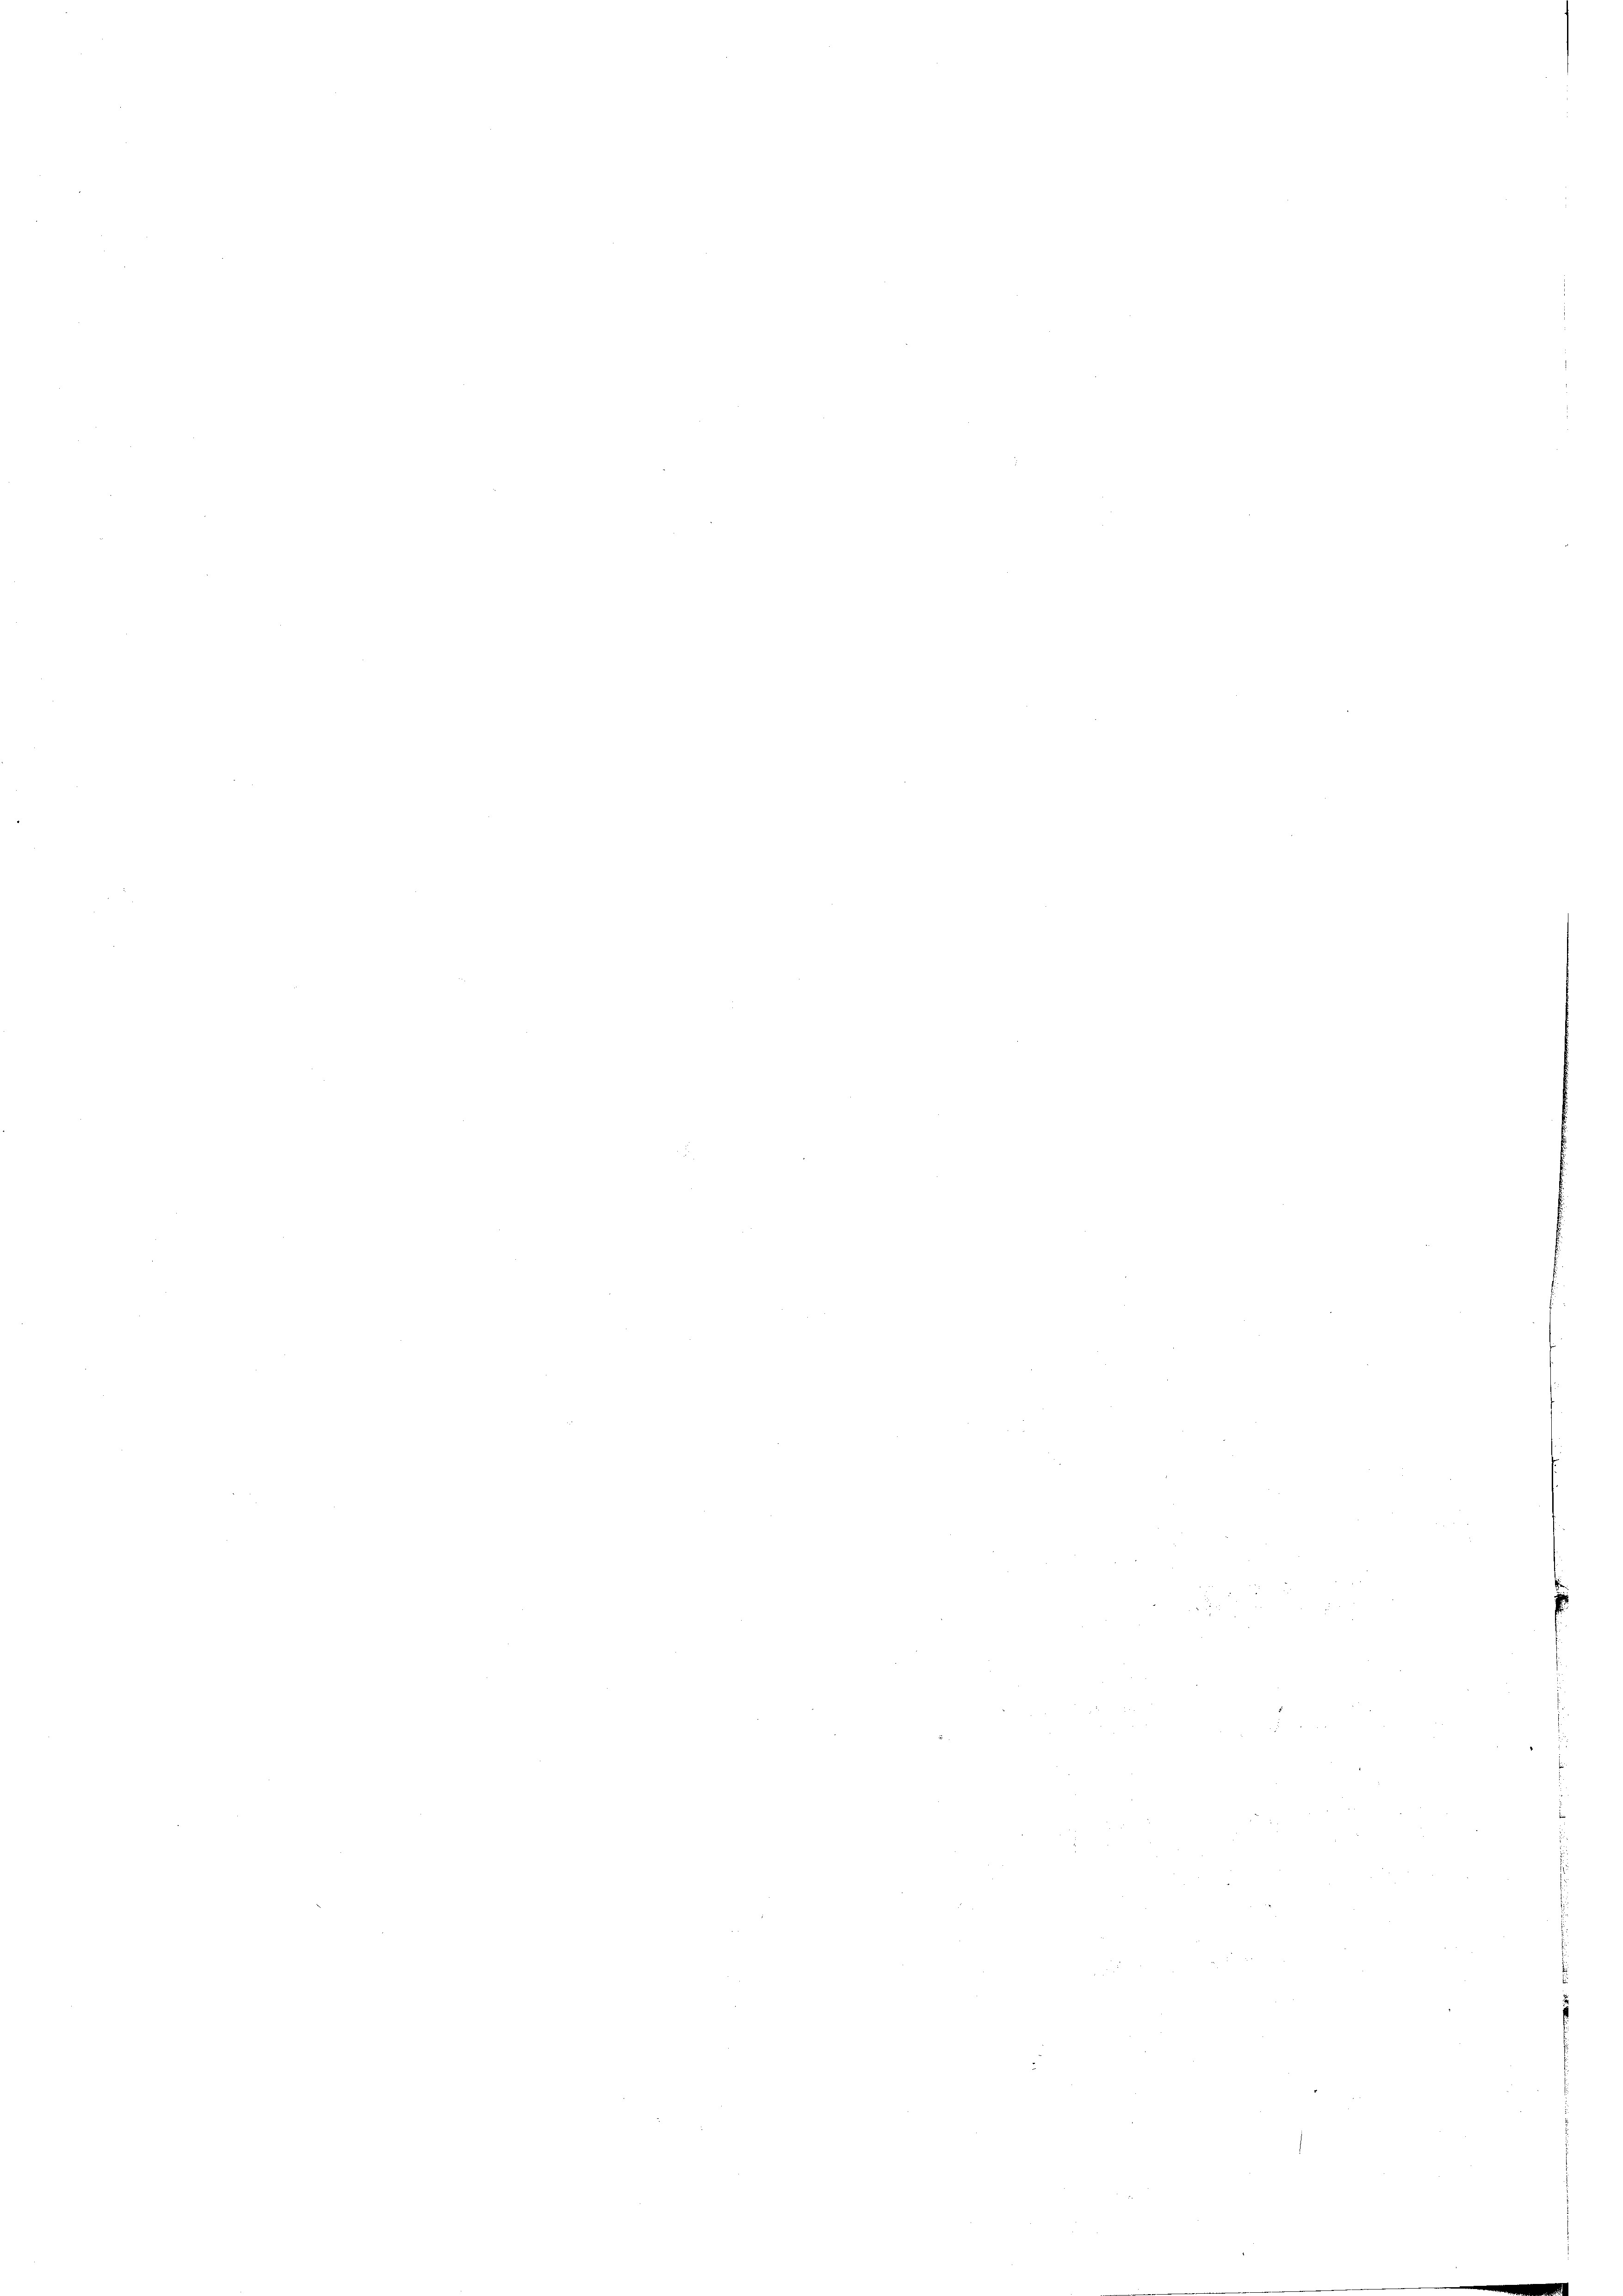
22
x
 xx

e
5

n

bie

s

s

s

i